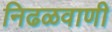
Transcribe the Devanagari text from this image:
निढळवाणी